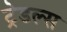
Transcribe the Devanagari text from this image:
ट्रेडल्स